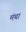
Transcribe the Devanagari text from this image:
मंथा